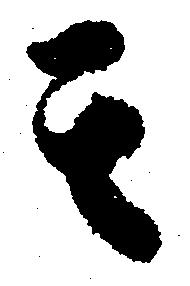
其